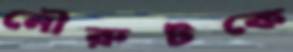
নৌরুটকে